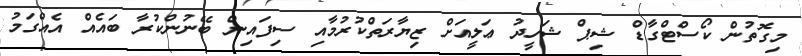
މިގޮތުން ކޯސްޓްގާޑް ޝިޕް ޝަހީދު ޢަލީއަށް ޒިޔާރަތްކުރުމާއި ސިފައިން ބޭނުންކުރާ ބައެއް އެއްގަމު